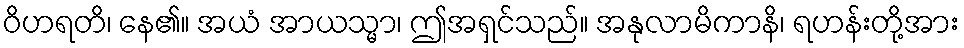
ဝိဟရတိ၊ နေ၏။ အယံ အာယသ္မာ၊ ဤအရှင်သည်။ အနုလာမိကာနိ၊ ရဟန်းတို့အား